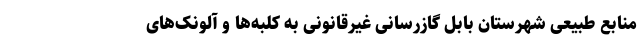
منابع طبیعی شهرستان بابل گازرسانی غیرقانونی به کلبه‌ها و آلونک‌های